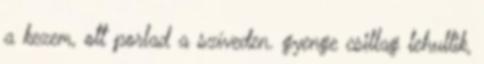
a kezem, ott porlad a szíveden. gyenge csillag lehullik,